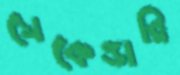
সেকেন্ডারি